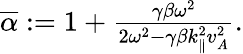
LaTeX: \begin{array}{r}{\overline{{\alpha}}:=1+\frac{\gamma\beta\omega^{2}}{2\omega^{2}-\gamma\beta k_{\parallel}^{2}v_{A}^{2}}.}\end{array}